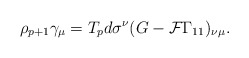
\begin{align*}\rho_{p+1} \gamma_{\mu} = T_p d \sigma^{\nu} ( G - {\cal F} \Gamma_{11} )_{\nu \mu}.\end{align*}